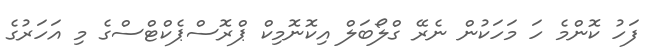
ފަހު ކޮންމެ ހަ މަހަކުން ނެރޭ ގްލޯބަލް އިކޮނޮމިކް ޕްރޮސްޕެކްޓްސްގެ މި އަހަރުގެ